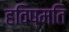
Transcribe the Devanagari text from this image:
हविष्मति